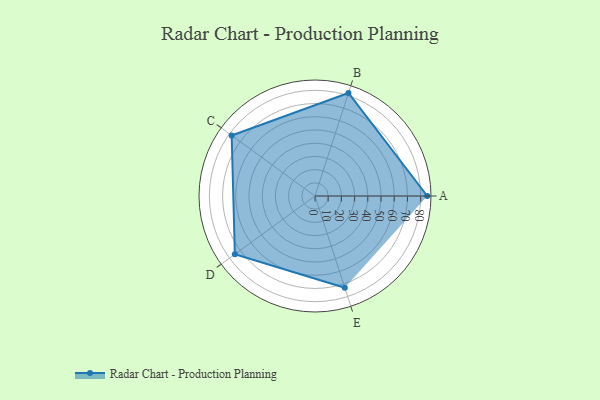
{"axis": {"x": "Skill", "y": "Score"}, "legend": ["Profile"], "data": [{"x": "A", "y": 85.0, "type": "Profile"}, {"x": "B", "y": 82.0, "type": "Profile"}, {"x": "C", "y": 78.0, "type": "Profile"}, {"x": "D", "y": 75.0, "type": "Profile"}, {"x": "E", "y": 73.0, "type": "Profile"}]}